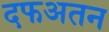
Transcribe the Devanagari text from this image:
दफअतन